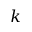
k